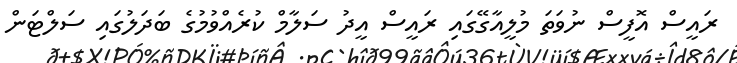
ރައީސް އޮފީސް ނުވަތަ މުލީއާގޭގައި ރަައީސް އީދު ސަލާމް ކުރެއްވުމުގެ ބަދަލުގައި ސަލްޓަން